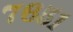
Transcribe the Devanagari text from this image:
७६५१